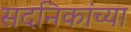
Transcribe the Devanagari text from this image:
सदनिकांच्या